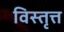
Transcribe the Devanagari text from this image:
विस्तृत्त